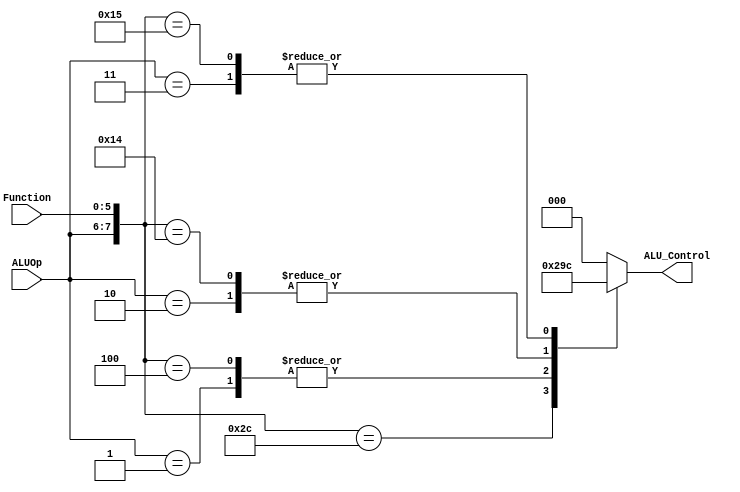
module ALUControl(input [1:0] ALUOp, input [5:0] Function, output reg[2:0] ALU_Control);  
	wire [7:0] ALUControlIn;  
	assign ALUControlIn = {ALUOp,Function};  
	always @(ALUControlIn) begin 
		casex (ALUControlIn)  
  			8'b01xxxxxx: ALU_Control <=3'b010;  //lw, sw
  			8'b10xxxxxx: ALU_Control <=3'b011;  //control flow
			8'b11xxxxxx: ALU_Control <=3'b100;  //set less than i
  			8'b00100100: ALU_Control <=3'b000;  //r_type(and)
  			8'b00101100: ALU_Control <=3'b001;  //r_type(or)
  			8'b00000100: ALU_Control <=3'b010;  //r_type(add)
  			8'b00010100: ALU_Control <=3'b011;  //r_type(sub)
  			8'b00010101: ALU_Control <=3'b100;  //r_type(slt)
  			default: ALU_Control <= 3'b000;  
  		endcase  
	end
endmodule